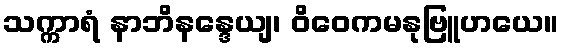
သက္ကာရံ နာဘိနန္ဒေယျ၊ ဝိဝေကမနုဗြူဟယေ။